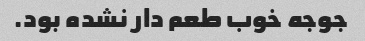
جوجه خوب طعم دار نشده بود.